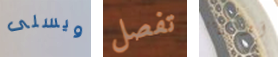
ويسلى تفصل أوبراين